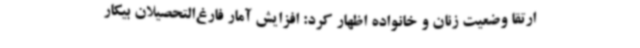
ارتقا وضعیت زنان و خانواده اظهار کرد: افزایش آمار فارغ‌التحصیلان بیکار